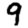
Digit: 9